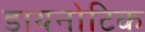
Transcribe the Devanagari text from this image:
डायनोटिक